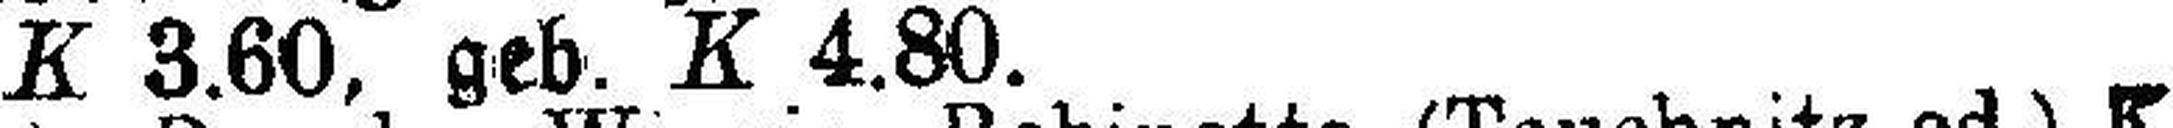
K 3.60, geb. K 4.80.